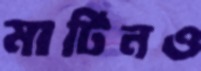
মার্টিনও